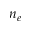
n _ { e }